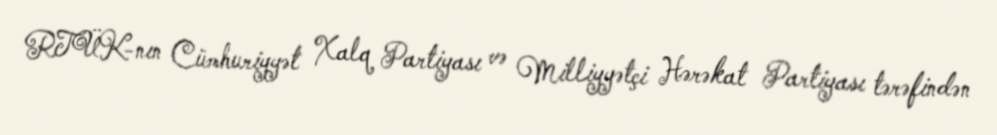
RTÜK-nın Cümhuriyyət Xalq Partiyası və Milliyyətçi Hərəkat Partiyası tərəfindən